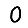
Digit: 0